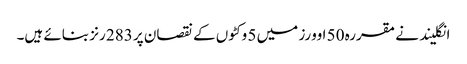
انگلیند نے مقررہ 50 اوورز میں 5 وکٹوں کے نقصان پر 283 رنز بنائے ہیں۔